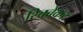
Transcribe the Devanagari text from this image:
रिचबेकर